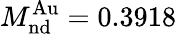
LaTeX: M_{\mathrm{nd}}^{\mathrm{Au}}=0.3918\, \